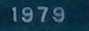
1979